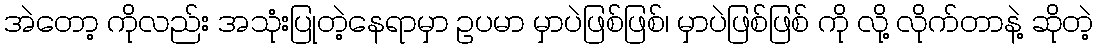
အဲတော့ ကိုလည်း အသုံးပြုတဲ့နေရာမှာ ဥပမာ မှာပဲဖြစ်ဖြစ်၊ မှာပဲဖြစ်ဖြစ် ကို လို့ လိုက်တာနဲ့ ဆိုတဲ့